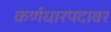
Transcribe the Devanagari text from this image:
कर्णधारपदावर